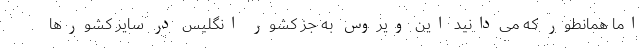
اما همانطور که می‌دانید این ویروس به جز کشور انگلیس در سایر کشورها